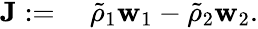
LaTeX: \begin{array}{rl}{\mathbf{J}:=}&{{}~\tilde{\rho}_{1}\mathbf{w}_{1}-\tilde{\rho}_{2}\mathbf{w}_{2}.}\end{array}